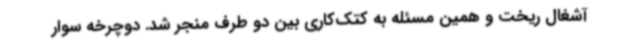
آشغال ریخت و همین مسئله به کتک‌کاری بین دو طرف منجر شد. دوچرخه سوار